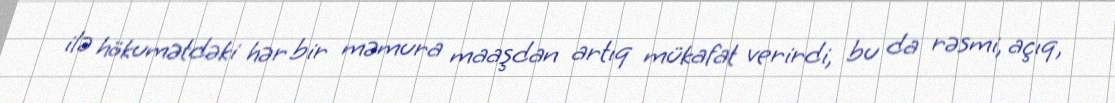
ilə hökumətdəki hər bir məmura maaşdan artıq mükafat verirdi, bu da rəsmi, açıq,